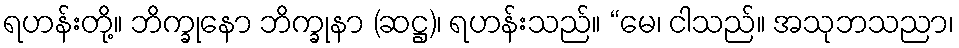
ရဟန်းတို့။ ဘိက္ခုနော ဘိက္ခုနာ (ဆဋ္ဌ)၊ ရဟန်းသည်။ “မေ၊ ငါသည်။ အသုဘသညာ၊